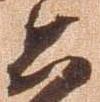
公